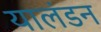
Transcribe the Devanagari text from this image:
यालंडन